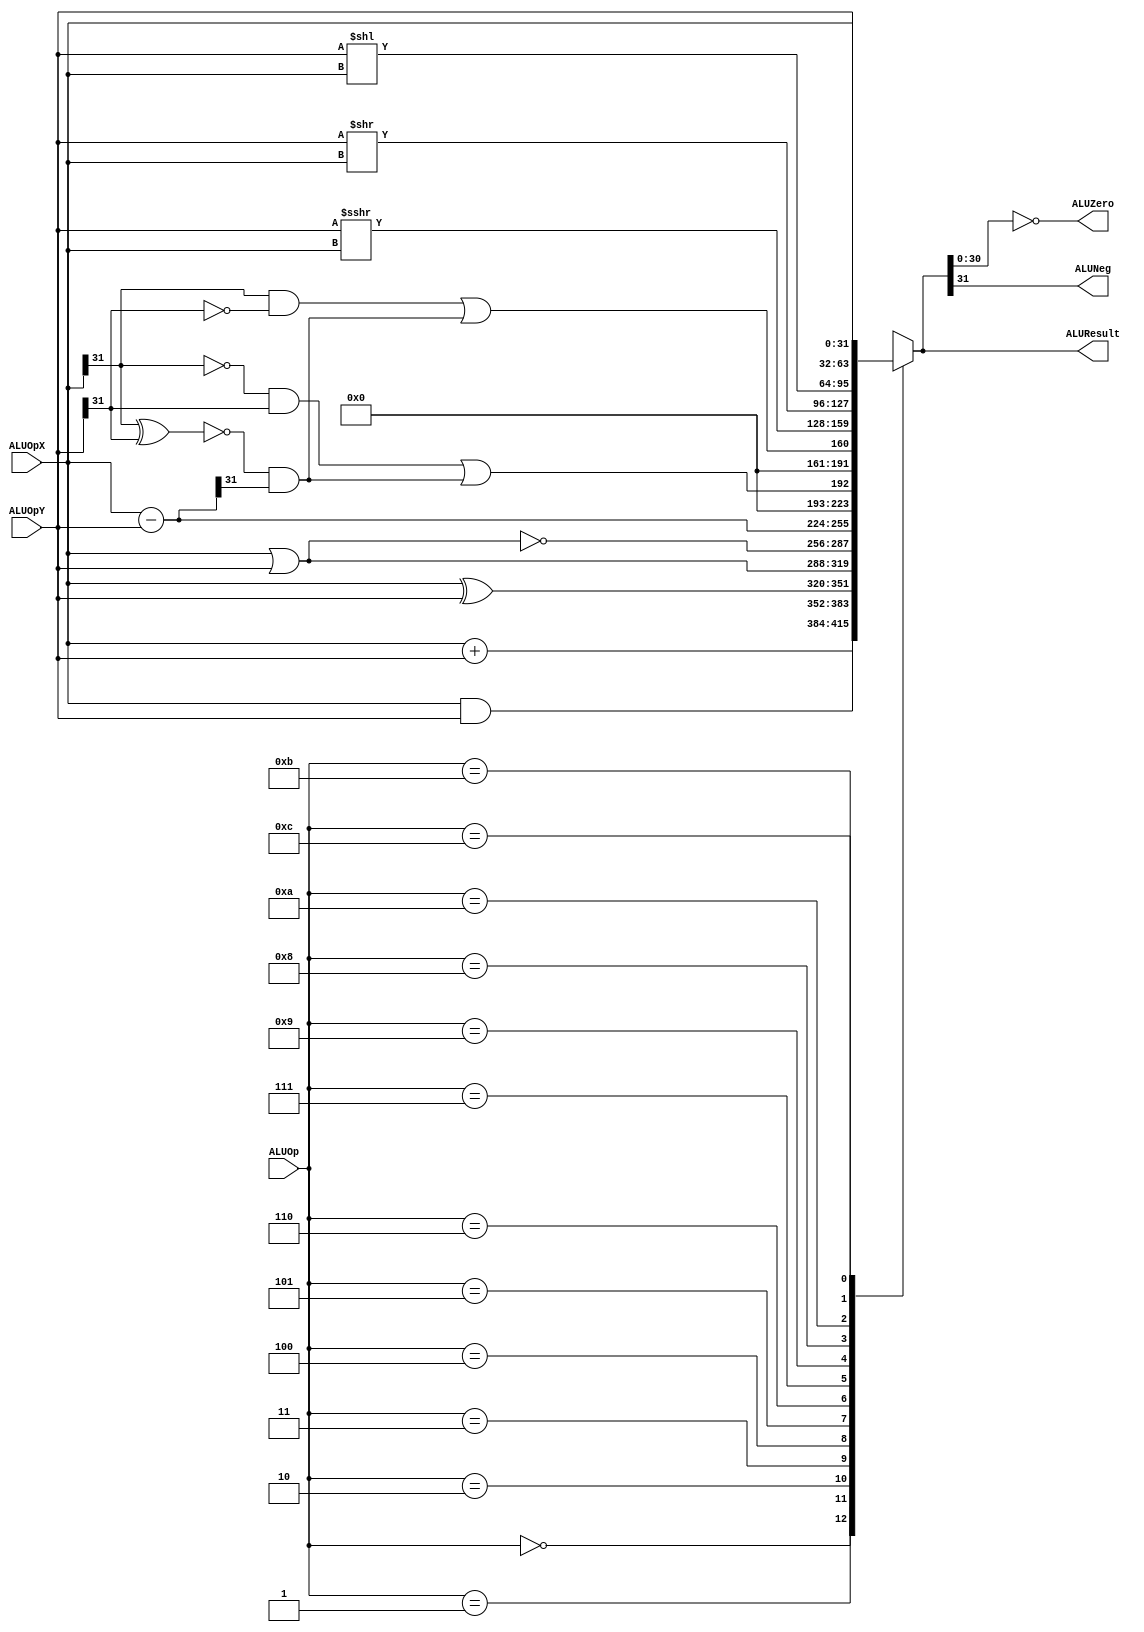
//******************************************************************************
// EE108b MIPS verilog model
//
// ALU.v
//
// The ALU performs all the arithmetic/logical integer operations 
// specified by the ALUsel from the decoder. 
// 
// verilog written by Daniel L. Rosenband, MIT 10/4/99
// modified by John Kim 3/26/03
// modified by Neil Achtman 8/15/03
//
//******************************************************************************

module ALU (
	// Outputs
	ALUResult, ALUZero, ALUNeg,

	// Inputs
	ALUOp, ALUOpX, ALUOpY
);

	input [3:0]	ALUOp;				// Operation select
	input [31:0]	ALUOpX, ALUOpY;		// operands

	output [31:0]	ALUResult;			// result of operation
	output		ALUZero, ALUNeg;		// result is 0 or negative

//******************************************************************************
// Shift operation: ">>>" will perform an arithmetic shift, but the operand
// must be reg signed
//******************************************************************************
	reg signed [31:0] signedALUOpY;
	
	always @(ALUOpY) begin
		signedALUOpY = ALUOpY;
	end

//******************************************************************************
// Set operation
//******************************************************************************
	wire			aNbP, aPbN, sameSign;
	wire [31:0]	subRes;
	wire			isSLT, isSLTU;
	
	// if 2 operands are of the same sign, subtraction will not overflow
	assign sameSign = ~(ALUOpX[31] ^ ALUOpY[31]);
	assign aNbP = ALUOpX[31] & ~ALUOpY[31];
	assign aPbN = ~ALUOpX[31] & ALUOpY[31];
	assign subRes  = ALUOpX - ALUOpY;

	// determine if set
	assign isSLT = aNbP | (sameSign & subRes[31]);
	assign isSLTU = aPbN | (sameSign & subRes[31]);
	
//******************************************************************************
// ALU datapath
//******************************************************************************
	
	// Decoded ALU operation select (ALUsel) signals
	`define	select_alu_add		4'b0000
	`define	select_alu_and		4'b0001
	`define	select_alu_xor		4'b0010
	`define	select_alu_or		4'b0011
	`define	select_alu_nor		4'b0100
	`define	select_alu_sub		4'b0101
	`define	select_alu_sltu		4'b0110
	`define	select_alu_slt		4'b0111
	`define	select_alu_srl		4'b1000
	`define	select_alu_sra		4'b1001
	`define	select_alu_sll		4'b1010
	`define select_alu_passa	4'b1011
	`define	select_alu_passb	4'b1100

	reg [31:0]		ALUResult;
	
	always @(ALUOpX or ALUOpY or ALUOp or isSLTU or isSLT or signedALUOpY) begin

		case (ALUOp)

			`select_alu_add:	ALUResult = ALUOpX + ALUOpY;	 		// ADD, ADDI, ADDU, ADDIU
			`select_alu_and:	ALUResult = ALUOpX & ALUOpY;			// AND, ANDI
			`select_alu_xor:	ALUResult = ALUOpX ^ ALUOpY;			// XOR, XORI
			`select_alu_or:	ALUResult = ALUOpX | ALUOpY;			// OR, ORI
			`select_alu_nor:	ALUResult = ~(ALUOpX | ALUOpY);		// NOR
			`select_alu_sub:	ALUResult = ALUOpX - ALUOpY;			// SUB, SUBU, BEQ, BNE
			`select_alu_sltu:	ALUResult = {31'b0, isSLTU};			// SLTU, SLTIU
			`select_alu_slt:	ALUResult = {31'b0, isSLT};			// SLT, SLTI
			`select_alu_sra:	ALUResult = signedALUOpY >>> ALUOpX;	// SRA
			`select_alu_srl:	ALUResult = ALUOpY >> ALUOpX;			// SRL
			`select_alu_sll:	ALUResult = ALUOpY << ALUOpX;			// SLL
			`select_alu_passa:	ALUResult = ALUOpX;					// BGEZ, BGTZ, BLEZ, BLTZ
			`select_alu_passb:	ALUResult = ALUOpY;					// JAL, JALR

			default:			ALUResult = 32'bxxxxxxxx;			// Undefined
		endcase
	end

	assign ALUZero = (ALUResult[30:0] == 31'b0);
	assign ALUNeg = ALUResult[31];
	
endmodule